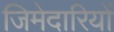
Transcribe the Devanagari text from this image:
जिमेदारियों